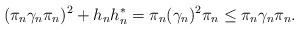
LaTeX: \begin{align*}(\pi_n\gamma_n\pi_n)^2+h_n h_n^*=\pi_n(\gamma_n)^2\pi_n\leq \pi_n\gamma_n\pi_n.\end{align*}